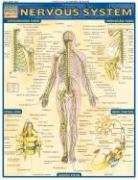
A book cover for Nervous System (Quickstudy: Academic); Inc. BarCharts; Medical Books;